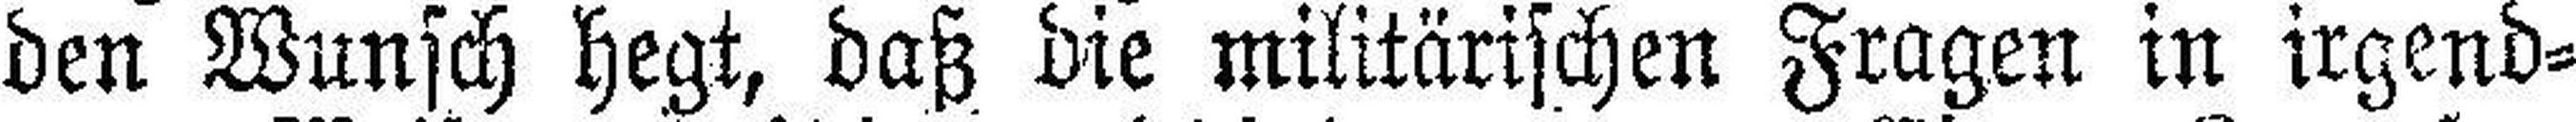
den Wunsch hegt, daß die militärischen Fragen in irgend¬